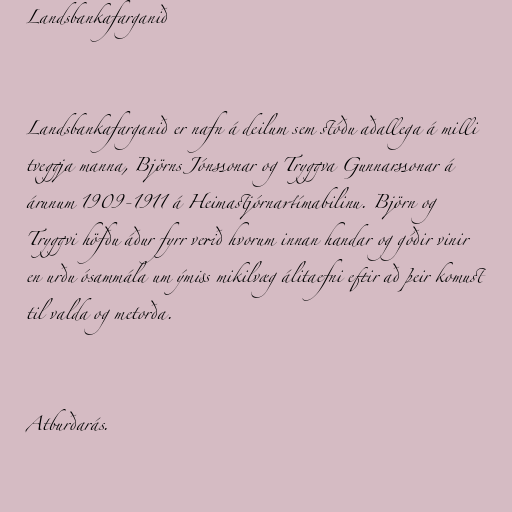
Landsbankafarganið

Landsbankafarganið er nafn á deilum sem stóðu aðallega á milli
tveggja manna, Björns Jónssonar og Tryggva Gunnarssonar á
árunum 1909-1911 á Heimastjórnartímabilinu. Björn og
Tryggvi höfðu áður fyrr verið hvorum innan handar og góðir vinir
en urðu ósammála um ýmiss mikilvæg álitaefni eftir að þeir komust
til valda og metorða.

Atburðarás.